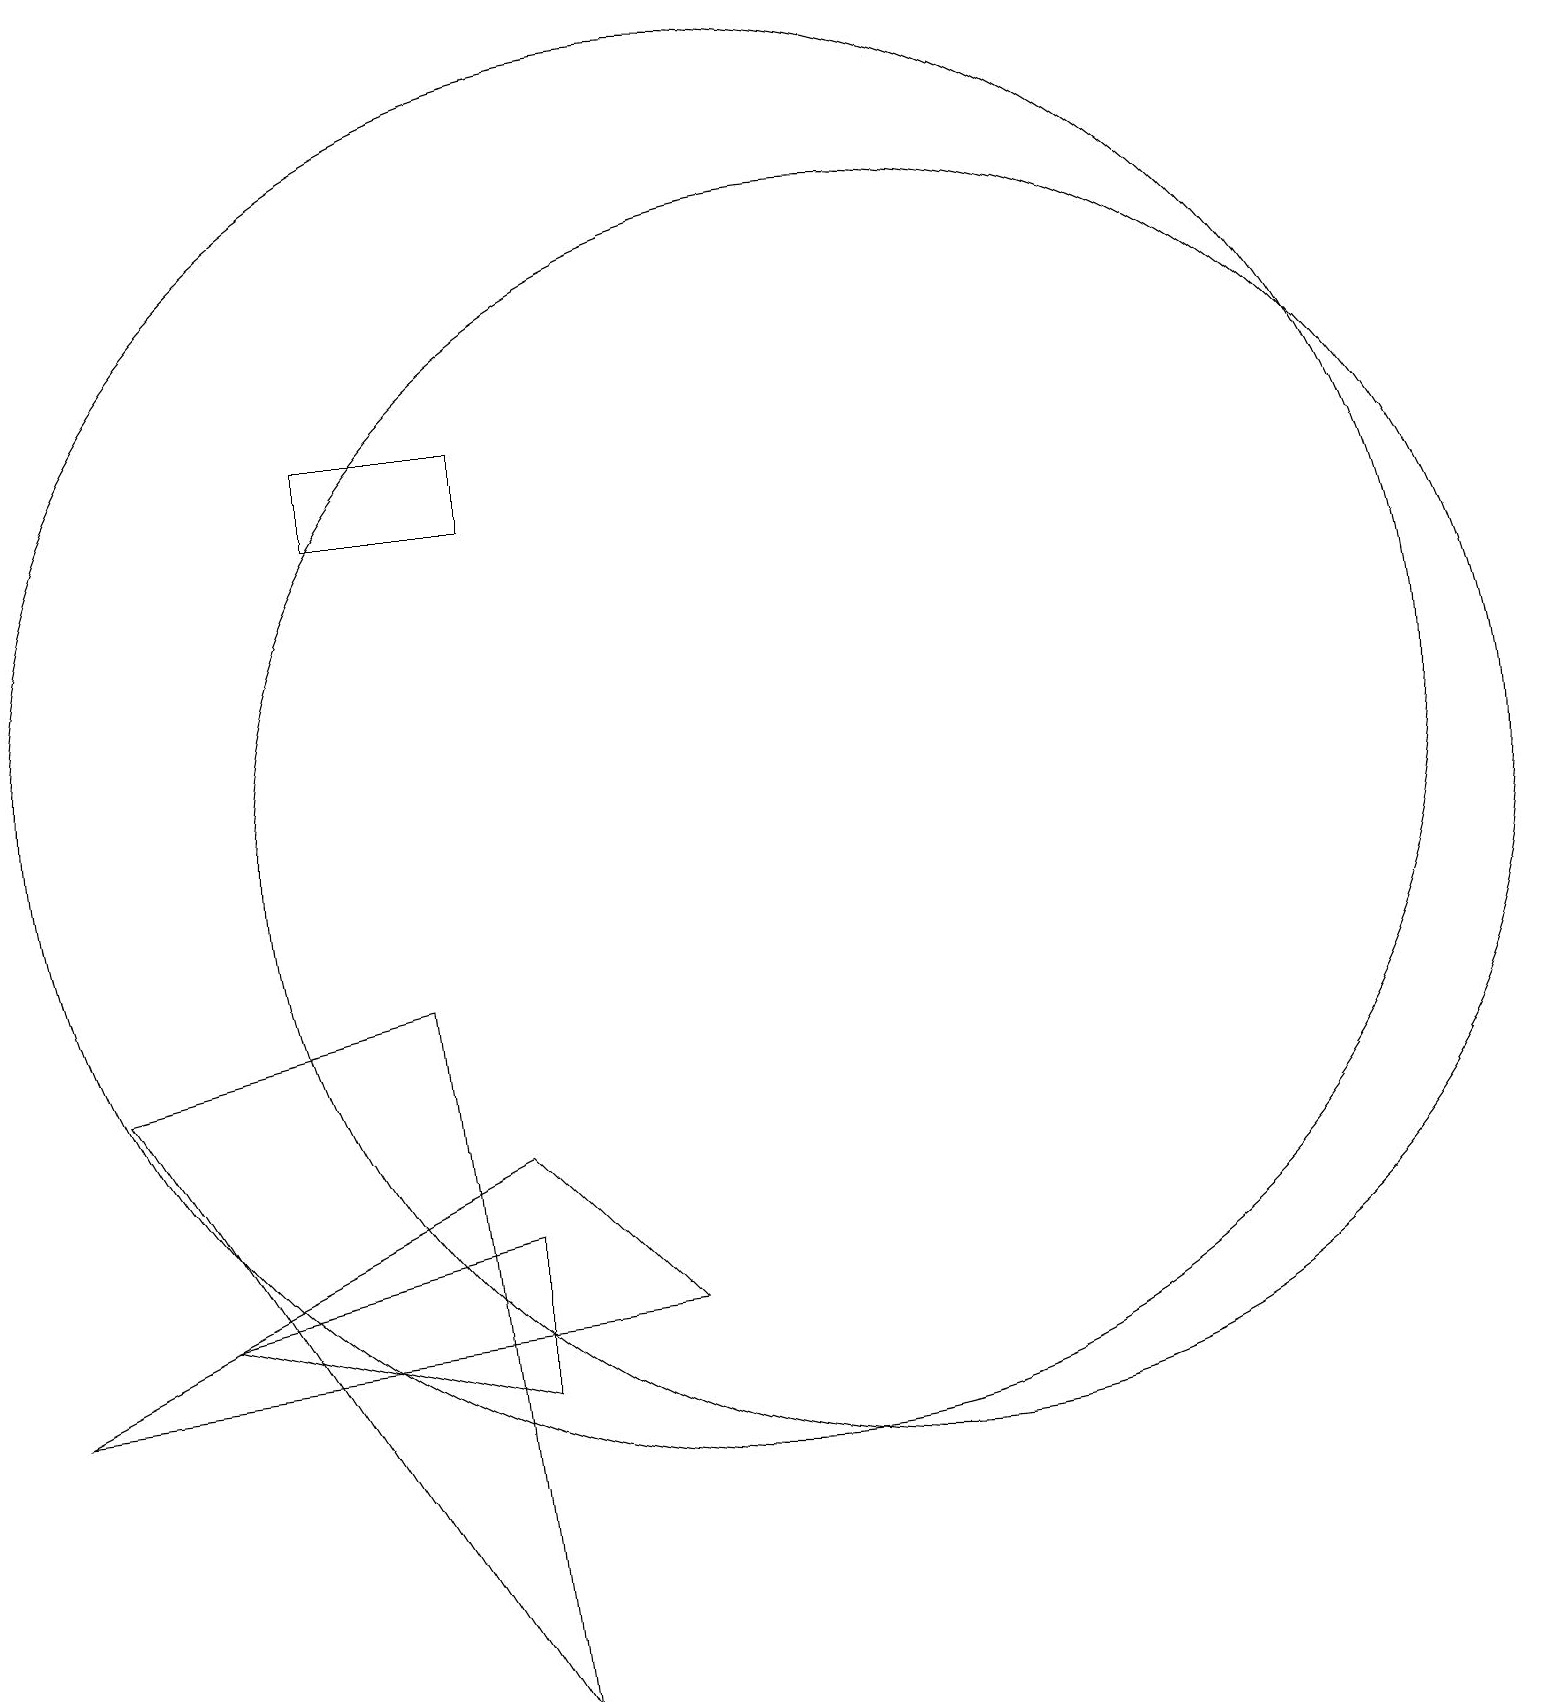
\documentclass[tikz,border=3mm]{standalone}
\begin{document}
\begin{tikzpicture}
\draw (7,6) -- (3,5) -- (7,4) -- cycle;
\draw (7,7) -- (1,4) -- (9,5) -- cycle;
\draw (6,9) -- (7,0) -- (2,8) -- cycle;
\draw (10,12) circle (9);
\draw (5,16) rectangle (7,15);
\draw (12,11) circle (8);
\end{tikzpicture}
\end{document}